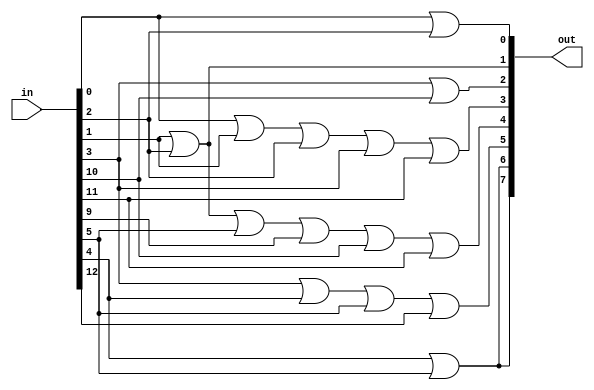
//include guard
`ifndef SAP_1_ROM_mapping
	`define SAP_1_ROM_mapping
	// 
	`timescale 1ns / 100ps

	/* SAP_1_ROM_mapping
		copyright 2012 (pika1021@gmail.com) */
	module SAP_1_ROM_mapping(out, in);
	//port 
		output [7:0]out;
		input [15:0]in;

	//port 
		wire [7:0]out;
		wire [15:0]in;

	assign out[0] = in[0] | in[2];
	assign out[1] = in[1] | in[2];
	assign out[2] = in[3] | in[10];
	assign out[3] = in[0] | in[1] | in[2] | in[3] | in[11];
	assign out[4] = in[1] | in[2] | in[5] | in[9] | in[10] | in[11];
	assign out[5] = in[3] | in[4] | in[5] | in[12];
	assign out[6] = in[4] | in[5];
	assign out[7] = in[4] | in[5];

	endmodule
`endif